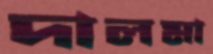
দালমা